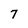
Character: 7